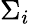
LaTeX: \Sigma_{i}